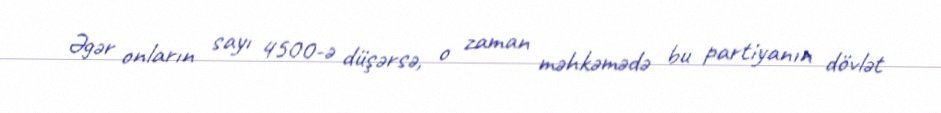
Əgər onların sayı 4500-ə düşərsə, o zaman məhkəmədə bu partiyanın dövlət